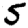
Digit: 5